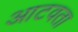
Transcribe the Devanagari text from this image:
आटवता